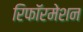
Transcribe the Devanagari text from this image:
रिफॉरमेशन